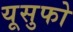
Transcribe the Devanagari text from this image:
यूसुफो